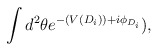
\begin{align*}\int d^2 \theta e^{-(V(D_i))+ i \phi_{D_i}}),\end{align*}